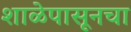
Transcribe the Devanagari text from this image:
शाळेपासूनचा